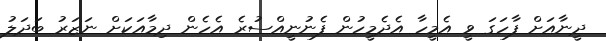
ދީނާއަށް ފާހަގަ ވީ އެމީހާ އެދެމީހުން ފެނުނީއްސުރެ އެހެން ދިމާއަކަށް ނަޒަރު ބަދަލު